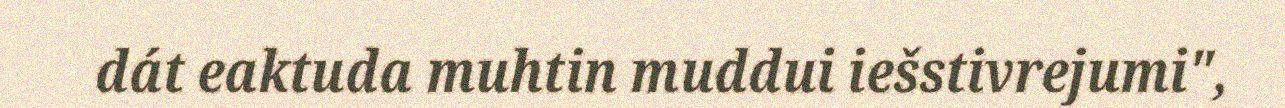
dát eaktuda muhtin muddui iešstivrejumi",